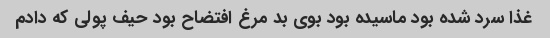
غذا سرد شده بود ماسیده بود بوی بد مرغ افتضاح بود حیف پولی که دادم